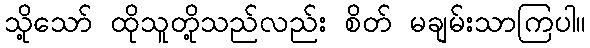
သို့သော် ထိုသူတို့သည်လည်း စိတ် မချမ်းသာကြပါ။